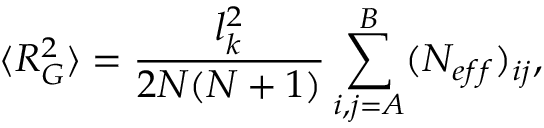
\langle R _ { G } ^ { 2 } \rangle = \frac { l _ { k } ^ { 2 } } { 2 N ( N + 1 ) } \sum _ { i , j = A } ^ { B } ( N _ { e f f } ) _ { i j } ,